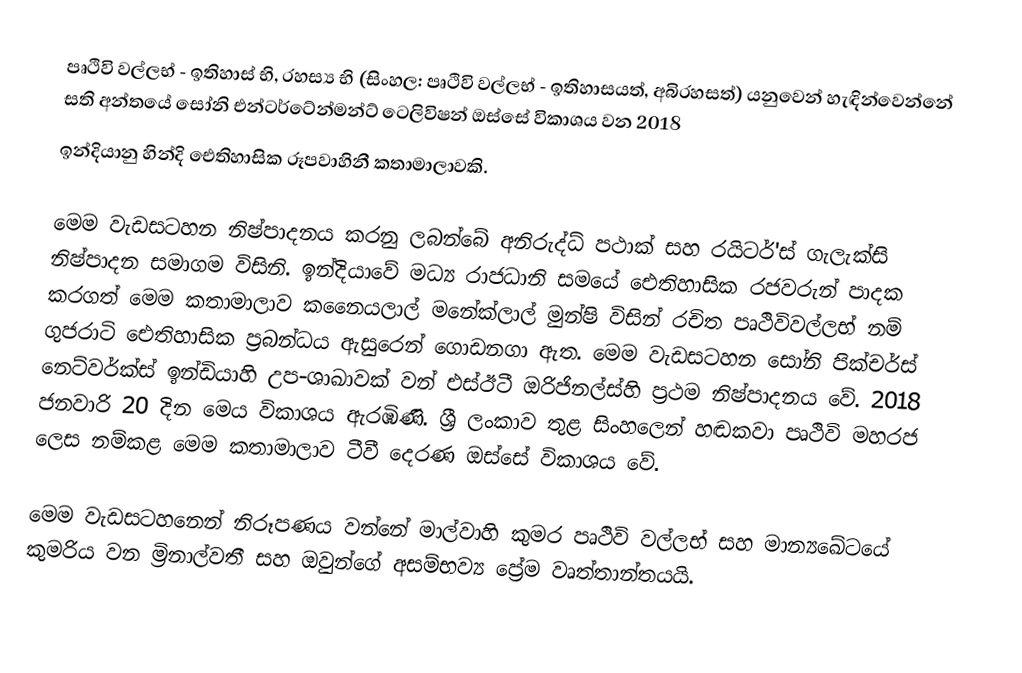
පෘථිවි වල්ලභ් - ඉතිහාස් භි, රහස්‍ය භි (සිංහල: පෘථිවි වල්ලභ් - ඉතිහාසයත්, අබිරහසත්) ‍යනුවෙන් හැඳින්වෙන්නේ සති අන්තයේ සෝනි එන්ටර්ටේන්මන්ට් ටෙලිවිෂන් ඔස්සේ විකාශය වන 2018
ඉන්දියානු හින්දි ඓතිහාසික රූපවාහිනී කතාමාලාවකි.

මෙම වැඩසටහන නිෂ්පාදනය කරනු ලබන්බේ අනිරුද්ධ් පථාක් සහ රයිටර්'ස් ගැලැක්සි නිෂ්පාදන සමාගම විසිනි. ඉන්දියාවේ මධ්‍ය රාජධානි සමයේ ඓතිහාසික රජවරුන් පාදක කරගත් මෙම කතාමාලාව කනෛයලාල් මනේක්ලාල් මුන්ෂි විසින් රචිත පෘථිවිවල්ලභ් නම් ගුජරාටි ඓතිහාසික ප්‍රබන්ධය ඇසුරෙන් ගොඩනගා ඇත. මෙම වැඩසටහන සෝනි පික්චර්ස් නෙට්වර්ක්ස් ඉන්ඩියාහි උප-ශාඛාවක් වන් එස්ඊටී ඔරිජිනල්ස්හි ප්‍රථම නිෂ්පාදනය වේ. 2018 ජනවාරි 20 දින මෙය විකාශය ඇරඹිණි. ශ්‍රී ලංකාව තුළ සිංහලෙන් හඬකවා පෘථිවි මහරජ ලෙස නම්කළ මෙම කතාමාලාව ටීවී දෙරණ ඔස්සේ විකාශය වේ.

මෙම වැඩසටහනෙන් නිරූපණය වන්නේ මාල්වාහි කුමර පෘථිවි වල්ලභ් සහ මාන්‍යඛේටයේ කුමරිය වන ම්‍රිනාල්වතී සහ ඔවුන්ගේ අසම්භව්‍ය ප්‍රේම වෘත්තාන්තයයි.